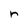
Character: r